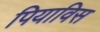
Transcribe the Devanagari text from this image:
पियाविस